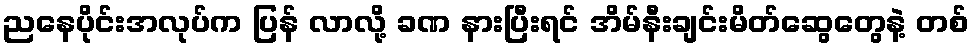
ညနေပိုင်းအလုပ်က ပြန် လာလို့ ခဏ နားပြီးရင် အိမ်နီးချင်းမိတ်ဆွေတွေနဲ့ တစ်